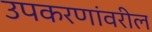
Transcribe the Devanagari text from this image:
उपकरणांवरील